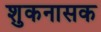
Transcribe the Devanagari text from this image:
शुकनासक